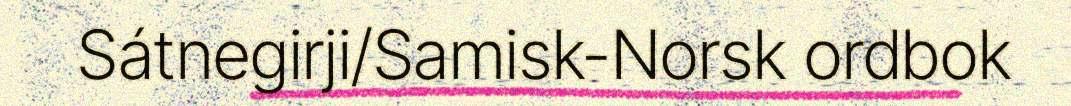
Sátnegirji/Samisk-Norsk ordbok